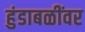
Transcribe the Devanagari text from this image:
हुंडाबळींवर